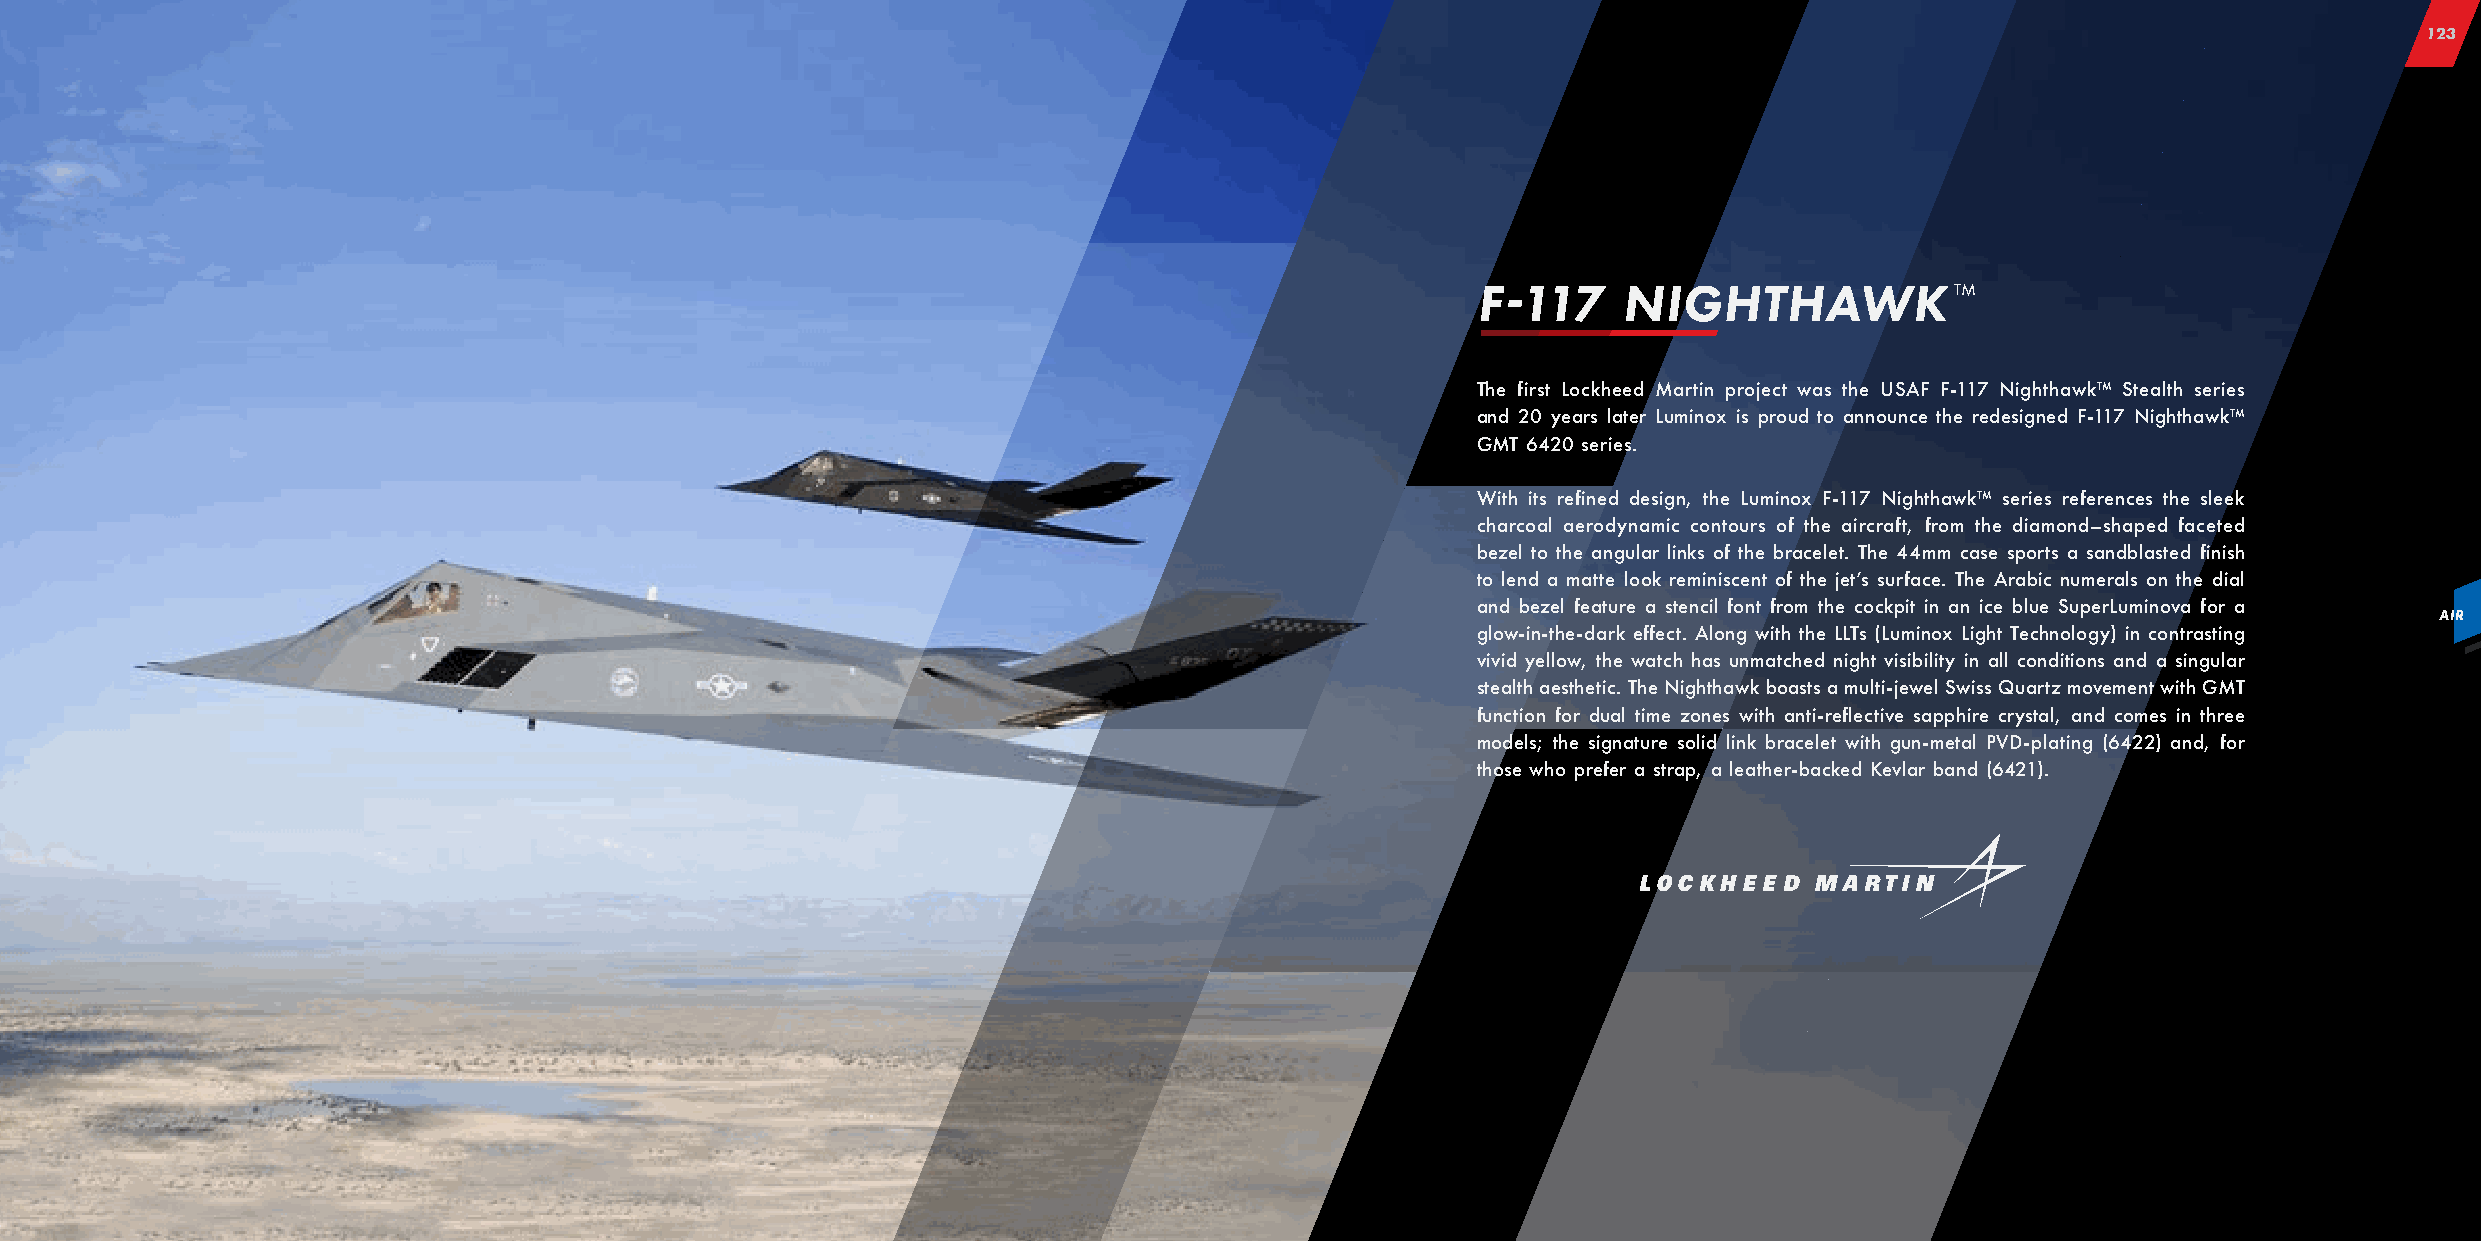
123
 F-117    NIGHTHAWK             ™
 The first Lockheed Martin project was the USAF F-117 Nighthawk™ Stealth series
 and 20 years later Luminox is proud to announce the redesigned F-117 Nighthawk™
 GMT 6420 series.
 With its refined design, the Luminox F-117 Nighthawk™ series references the sleek
 charcoal aerodynamic contours of the aircraft, from the diamond–shaped faceted
 bezel to the angular links of the bracelet. The 44mm case sports a sandblasted finish
 to lend a matte look reminiscent of the jet’s surface. The Arabic numerals on the dial
 and bezel feature a stencil font from the cockpit in an ice blue SuperLuminova for a
 AAIIRR
 glow-in-the-dark effect. Along with the LLTs (Luminox Light Technology) in contrasting
 vivid yellow, the watch has unmatched night visibility in all conditions and a singular
 stealth aesthetic. The Nighthawk boasts a multi-jewel Swiss Quartz movement with GMT
 function for dual time zones with anti-reflective sapphire crystal, and comes in three
 models; the signature solid link bracelet with gun-metal PVD-plating (6422) and, for
 those who prefer a strap, a leather-backed Kevlar band (6421).